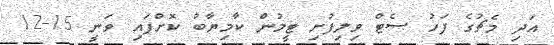
އަދި މެޗުގެ ފަހު ސެޓް ވިލިފުށި ޓީމުން ކާމިޔާބު ކޮށްފައި ވަނީ 15-12